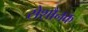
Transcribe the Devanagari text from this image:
सेशौनक